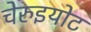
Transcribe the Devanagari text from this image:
चेरुइयोट